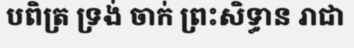
បពិត្រ ទ្រង់ ចាក់ ព្រះសិទ្ធាន រាជា